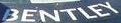
BENTIEY